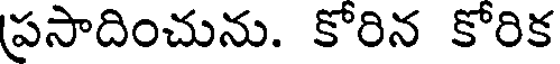
ప్రసాదించును. కోరిన కోరిక